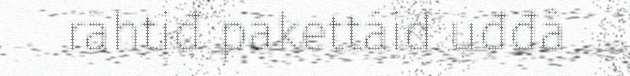
rähtiđ pakettáid uđđâ